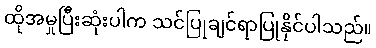
ထိုအမှုပြီးဆုံးပါက သင်ပြုချင်ရာပြုနိုင်ပါသည်။